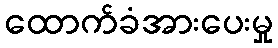
ထောက်ခံအားပေးမှု